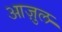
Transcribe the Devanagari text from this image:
आज़ुल